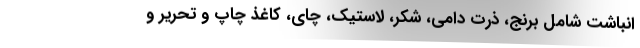
انباشت شامل برنج، ذرت دامی، شکر، لاستیک، چای، کاغذ چاپ و تحریر و